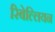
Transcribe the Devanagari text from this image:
रिबेल्लियन